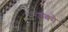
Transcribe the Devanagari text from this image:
उको